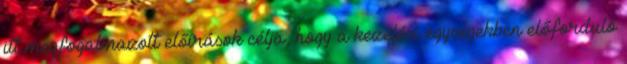
itt megfogalmazott előírások célja, hogy a kezelési egységekben előforduló